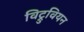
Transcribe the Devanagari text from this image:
विट्रुवियन